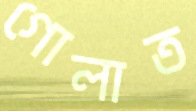
গোলাত